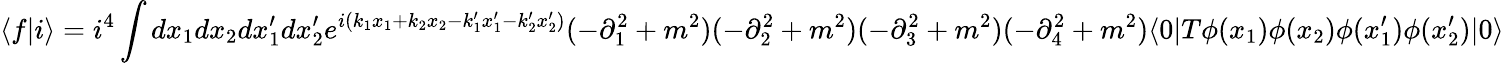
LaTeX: \langle f|i\rangle=i^{4}\int dx_{1}dx_{2}dx_{1}^{\prime}dx_{2}^{\prime}e^{i(k_{1}x_{1}+k_{2}x_{2}-k_{1}^{\prime}x_{1}^{\prime}-k_{2}^{\prime}x_{2}^{\prime})}(-\partial_{1}^{2}+m^{2})(-\partial_{2}^{2}+m^{2})(-\partial_{3}^{2}+m^{2})(-\partial_{4}^{2}+m^{2})\langle 0|T\phi(x_{1})\phi(x_{2})\phi(x_{1}^{\prime})\phi(x_{2}^{\prime})|0\rangle